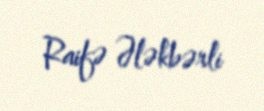
Raifə Ələkbərli